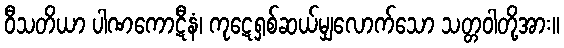
ဝီသတိယာ ပါဏကောဋီနံ၊ ကုဋေရှစ်ဆယ်မျှလောက်သော သတ္တဝါတို့အား။